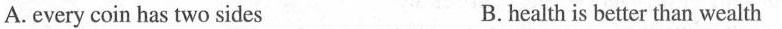
A.every coin has two sidesB.health is better than wealth